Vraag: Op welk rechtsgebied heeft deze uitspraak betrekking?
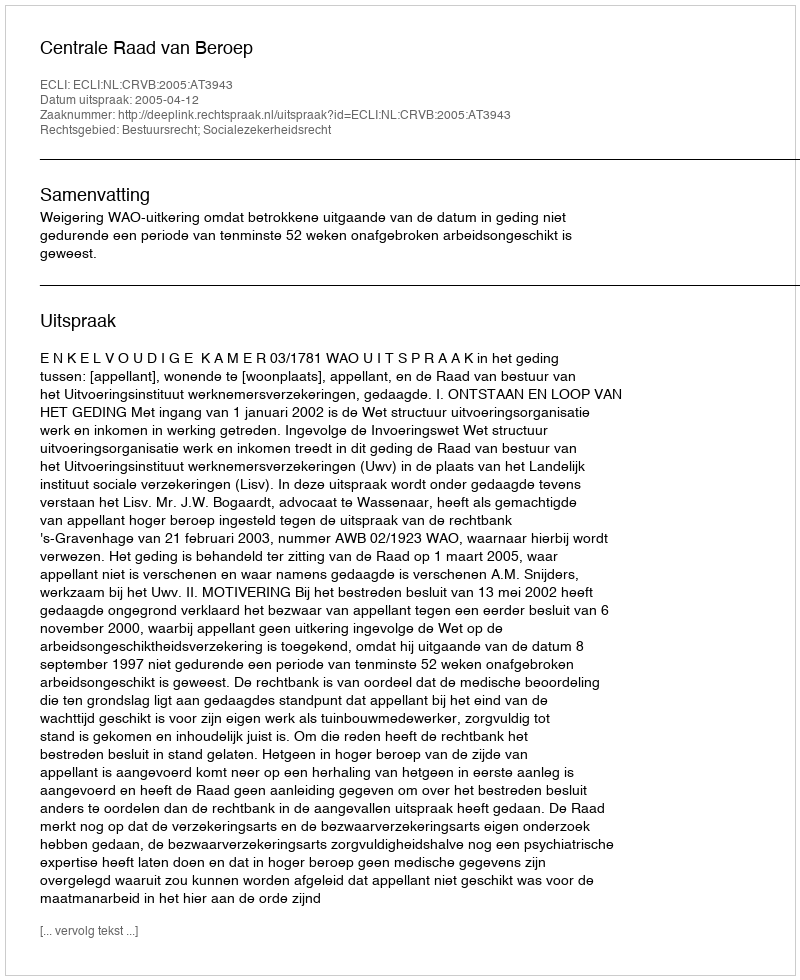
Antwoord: Bestuursrecht; Socialezekerheidsrecht